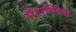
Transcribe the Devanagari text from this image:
सैंटाग्लिया